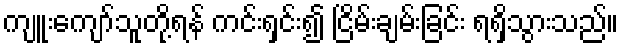
ကျူးကျော်သူတို့ရန် ကင်းရှင်း၍ ငြိမ်းချမ်းခြင်း ရရှိသွားသည်။